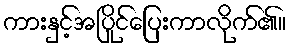
ကားနှင့်အပြိုင်ပြေးကာလိုက်၏။